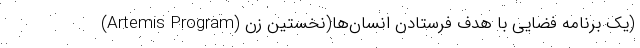
(Artemis Program) یک برنامه فضایی با هدف فرستادن انسان‌ها(نخستین زن)